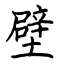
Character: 壁